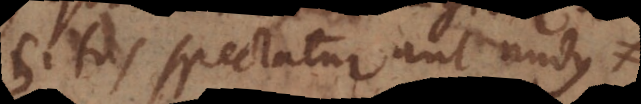
Situs spectatur aut nudus